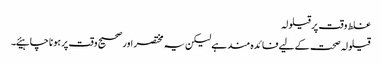
غلط وقت پر قیلولہ
قیلولہ صحت کے لیے فائدہ مند ہے لیکن یہ مختصر اور صحیح وقت پر ہونا چاہیئے۔